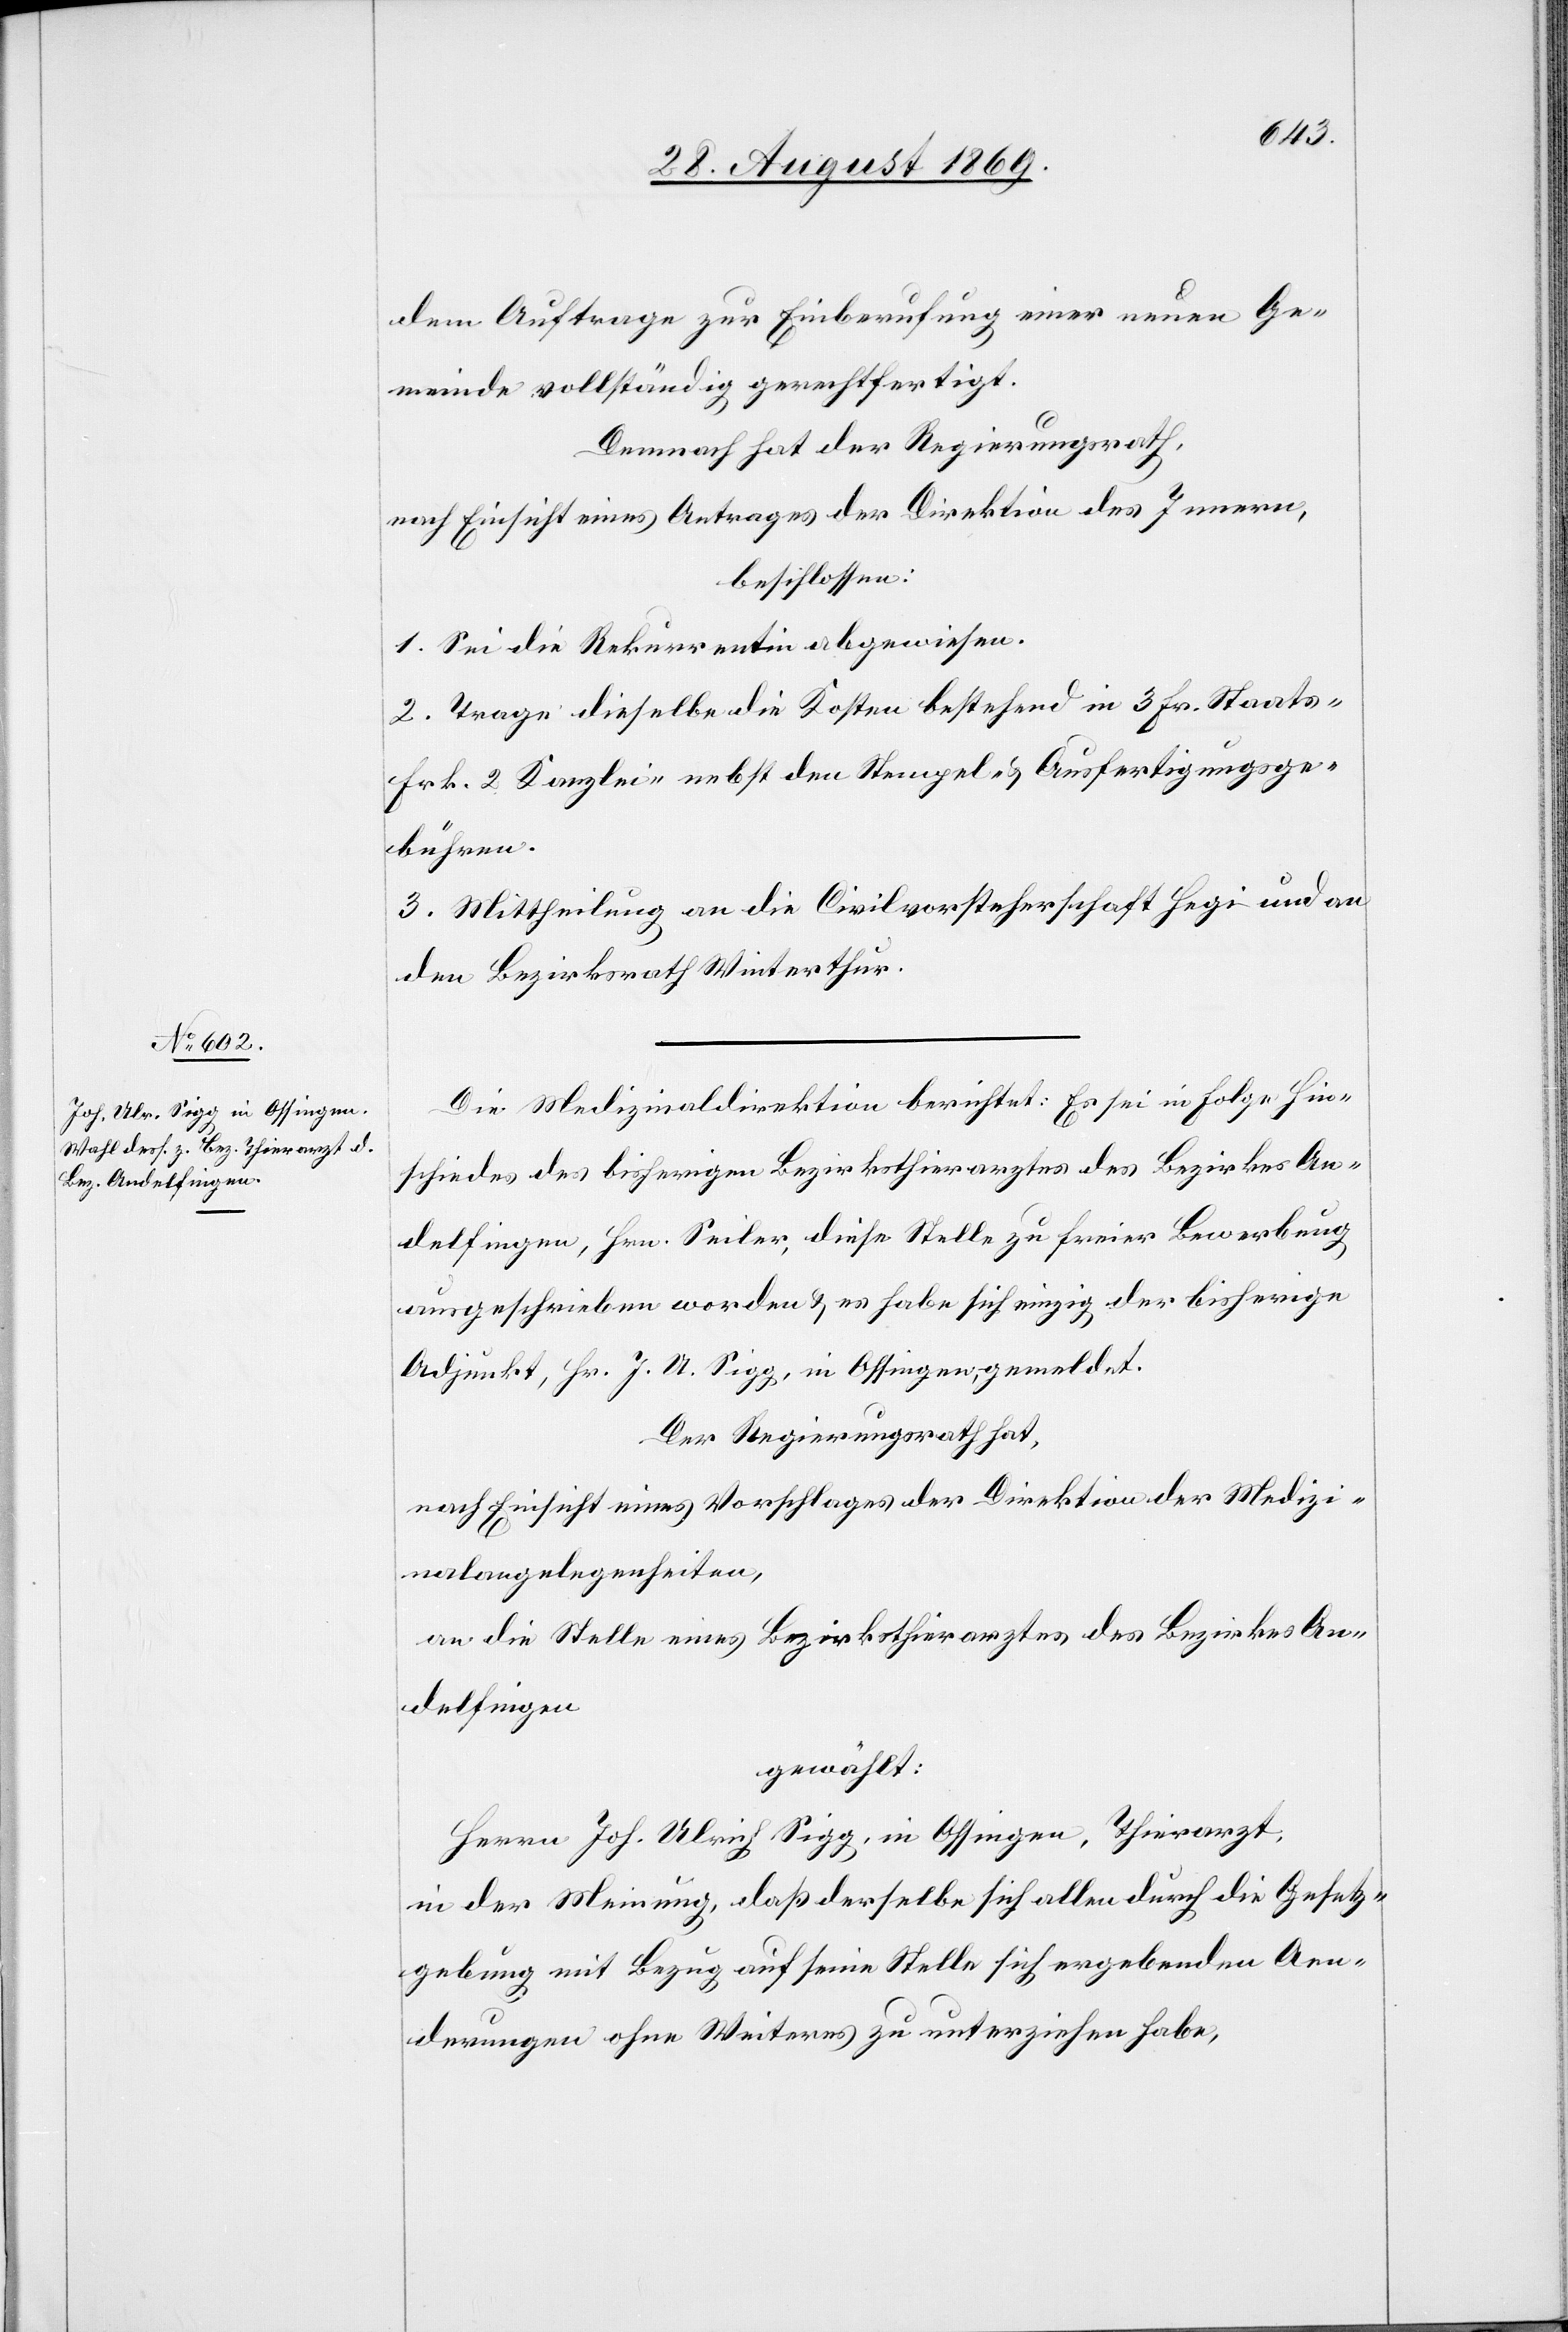
dem Auftrage zur Einberufung einer neuen Ge¬
meinde vollständig gerechtfertigt.
Demnach hat der Regierungsrath,
nach Einsicht eines Antrages der Direktion des Innern,
beschlossen:
1. Sei die Rekurrentin abgewiesen.
2. Trage dieselbe die Kosten bestehend in 3 Fr. Staats-
Frk. 2 Kanzlei- nebst den Stempel- & Ausfertigungsge¬
bühren.
3. Mittheilung an die Civilvorsteherschaft Hegi und an
den Bezirksrath Winterthur.
Die Medizinaldirektion berichtet: Es sei in Folge Hin¬
schiedes des bisherigen Bezirksthierarztes des Bezirkes An¬
delfingen, Hrn. Seiler, diese Stelle zu freier Bewerbung
ausgeschrieben worden & es habe sich einzig der bisherige
Adjunkt, Hr. J. U. Sigg, in Ossingen, gemeldet.
Der Regierungsrath hat,
nach Einsicht eines Vorschlages der Direktion der Medizi¬
nalangelegenheiten,
an die Stelle eines Bezirksthierarztes des Bezirkes An¬
delfingen
gewählt:
Herrn Joh. Ulrich Sigg, in Ossingen, Thierarzt,
in der Meinung, das derselbe sich allen durch die Gesetz¬
gebung mit Bezug auf seine Stelle sich ergebenden Aen¬
derungen ohne Weiteres zu unterziehen habe,